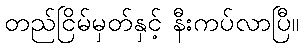
တည်ငြိမ်မှတ်နှင့် နီးကပ်လာပြီ။